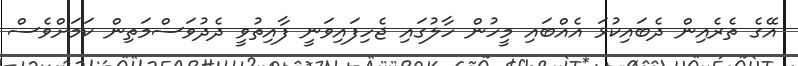
އޭގެ ތެރެއިން ދެބައިކުޅަ އެއްބައި މީހުން ހާލުގައި ޖެހިފައިވަނީ ފާއިތުވީ ދެދުވަސްމަތިން ކަމަށްވެސް